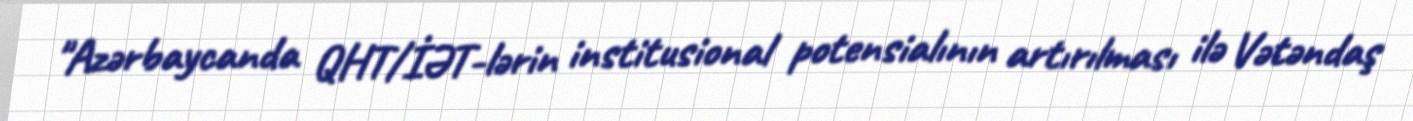
"Azərbaycanda QHT/İƏT-lərin institusional potensialının artırılması ilə Vətəndaş